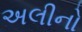
અલીનો